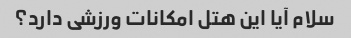
سلام آیا این هتل امکانات ورزشی دارد؟